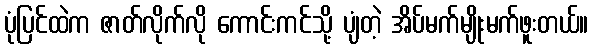
ပုံပြင်ထဲက ဇာတ်လိုက်လို ကောင်းကင်သို့ ပျံတဲ့ အိပ်မက်မျိုးမက်ဖူးတယ်။